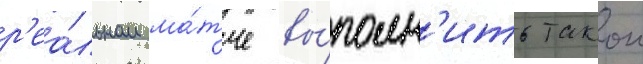
р'еа́льном ма́тче вы́полн'ить такои